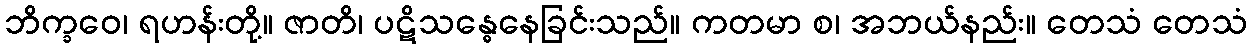
ဘိက္ခဝေ၊ ရဟန်းတို့။ ဇာတိ၊ ပဋိသန္ဓေနေခြင်းသည်။ ကတမာ စ၊ အဘယ်နည်း။ တေသံ တေသံ